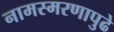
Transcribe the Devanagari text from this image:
नामस्मरणापुढे